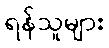
ရန်သူများ